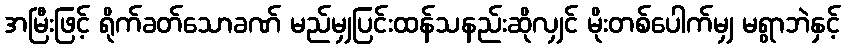
အမြီးဖြင့် ရိုက်ခတ်သောခဏ် မည်မျှပြင်းထန်သနည်းဆိုလျှင် မိုးတစ်ပေါက်မျှ မရွာဘဲနှင့်